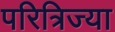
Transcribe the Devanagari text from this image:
परित्रिज्या